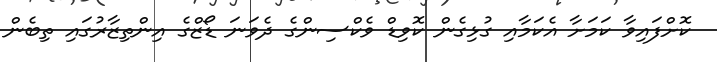
ކޮށްފައިވާ ކަމަށާ އެކަމާއި ގުޅިގެން ކޮވިޑް ވެކްސިންގެ ދެވަނަ ޑޯޒްގެ އިންތިޒާރުގައި ތިބެން